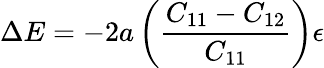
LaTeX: \Delta E=-2a\left({\frac{C_{11}-C_{12}}{C_{11}}}\right)\epsilon